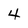
Character: 4